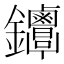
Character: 𨰳